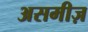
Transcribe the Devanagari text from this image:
असमीज़